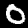
Label: 0